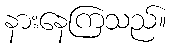
နားနေကြသည်။